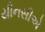
યીનસીએ